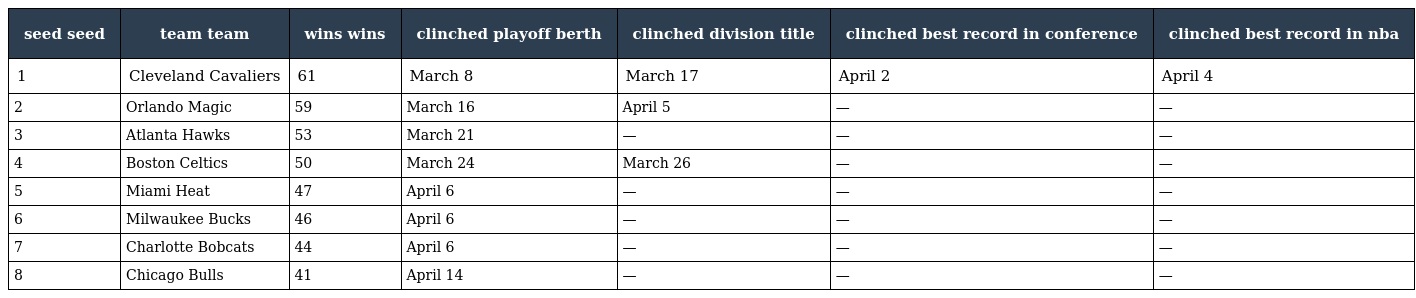
| seed seed | team team | wins wins | clinched playoff berth | clinched division title | clinched best record in conference | clinched best record in nba |
 | --- | --- | --- | --- | --- | --- | --- |
 | 1 | Cleveland Cavaliers | 61 | March 8 | March 17 | April 2 | April 4 |
 | 2 | Orlando Magic | 59 | March 16 | April 5 | — | — |
 | 3 | Atlanta Hawks | 53 | March 21 | — | — | — |
 | 4 | Boston Celtics | 50 | March 24 | March 26 | — | — |
 | 5 | Miami Heat | 47 | April 6 | — | — | — |
 | 6 | Milwaukee Bucks | 46 | April 6 | — | — | — |
 | 7 | Charlotte Bobcats | 44 | April 6 | — | — | — |
 | 8 | Chicago Bulls | 41 | April 14 | — | — | — |